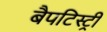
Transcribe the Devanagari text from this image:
बैपटिस्ट्री